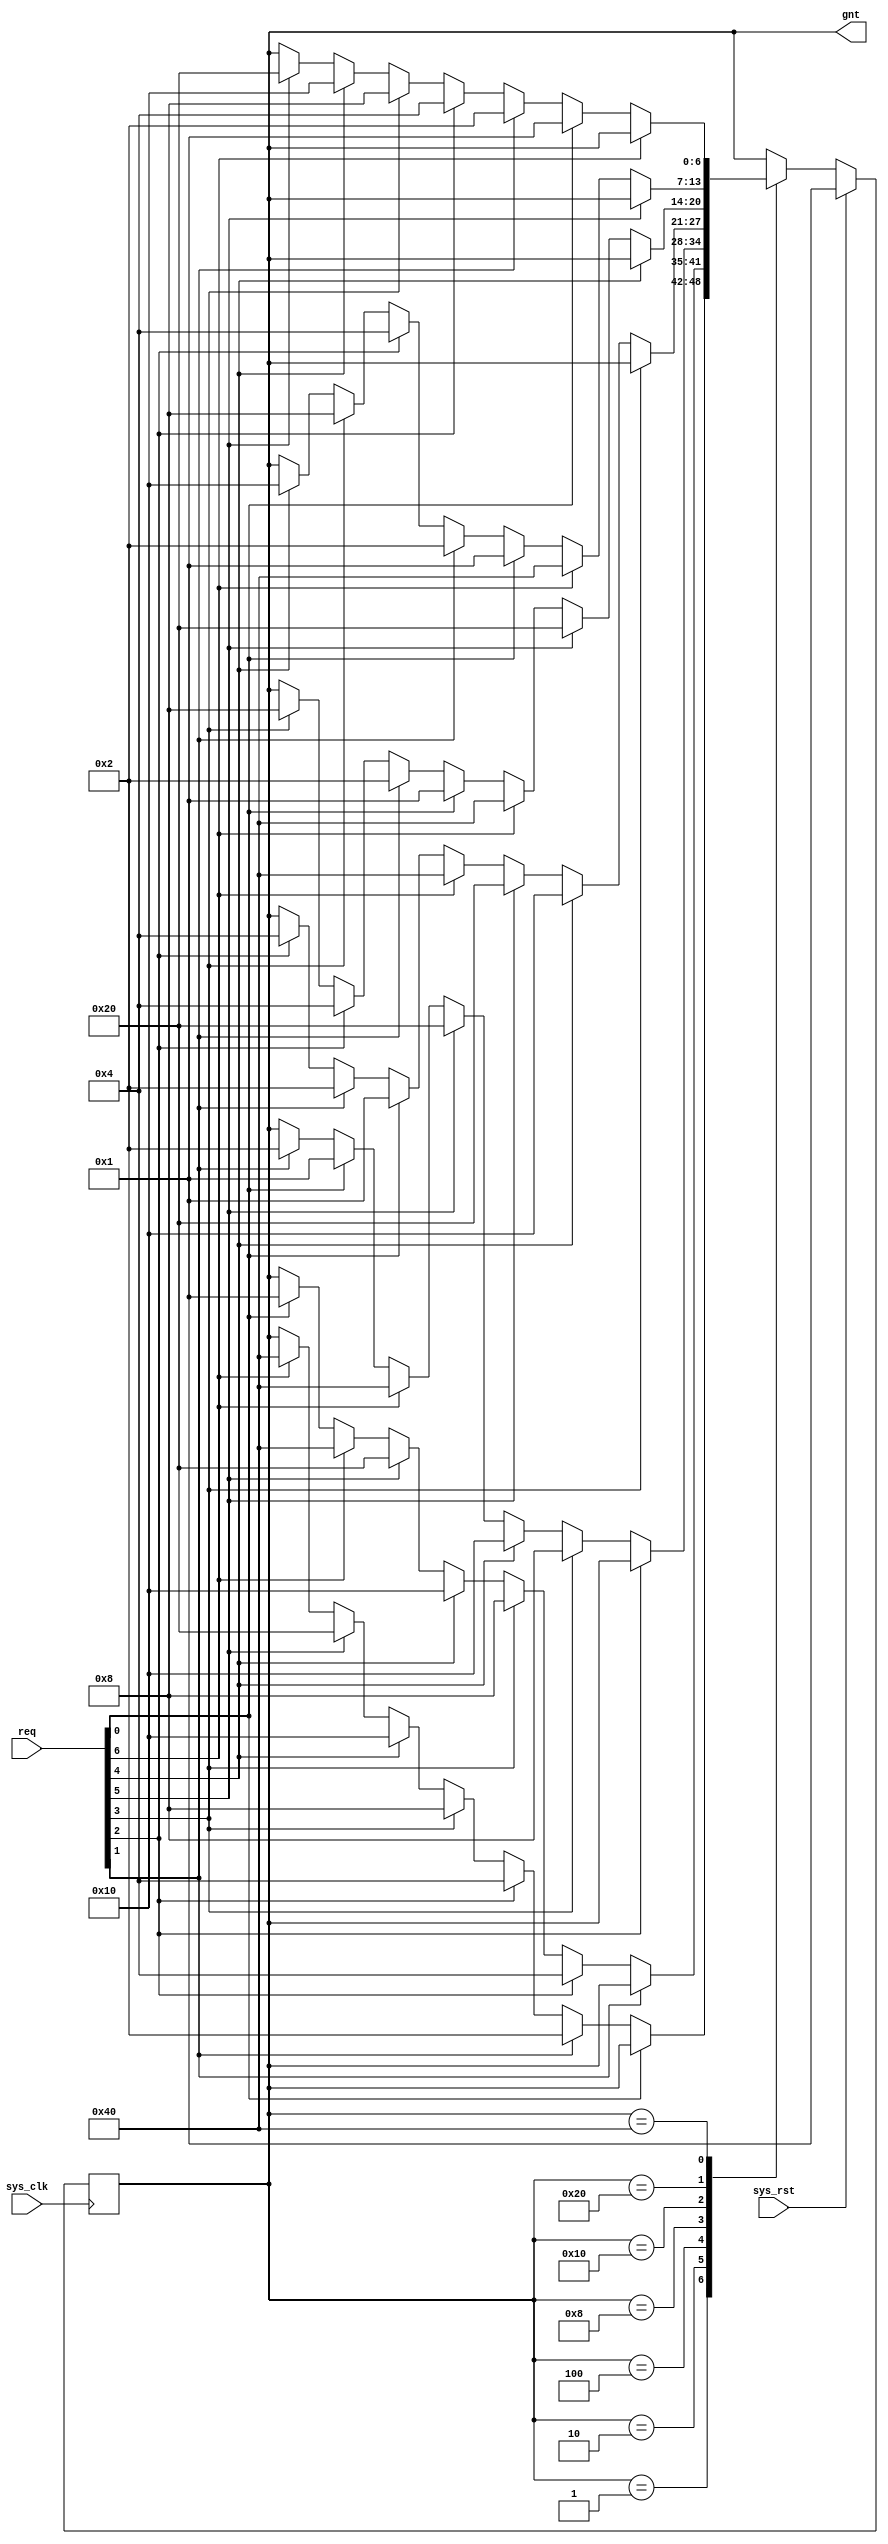
module conbus_arb(
	input sys_clk,
	input sys_rst,
	
	input [6:0] req,
	output [6:0] gnt
);

parameter [6:0] grant0 = 7'b0000001,
                grant1 = 7'b0000010,
                grant2 = 7'b0000100,
                grant3 = 7'b0001000,
                grant4 = 7'b0010000,
                grant5 = 7'b0100000,
                grant6 = 7'b1000000;

reg [6:0] state;
reg [6:0] next_state;

assign gnt = state;

always @(posedge sys_clk) begin
	if(sys_rst)
		state <= grant0;
	else
		state <= next_state;
end

always @(*) begin
	next_state = state;
	case(state)
		grant0: begin
			if(~req[0]) begin
				     if(req[1]) next_state = grant1;
				else if(req[2]) next_state = grant2;
				else if(req[3]) next_state = grant3;
				else if(req[4]) next_state = grant4;
				else if(req[5]) next_state = grant5;
				else if(req[6]) next_state = grant6;
			end
		end
		grant1: begin
			if(~req[1]) begin
				     if(req[2]) next_state = grant2;
				else if(req[3]) next_state = grant3;
				else if(req[4]) next_state = grant4;
				else if(req[5]) next_state = grant5;
				else if(req[6]) next_state = grant6;
				else if(req[0]) next_state = grant0;
			end
		end
		grant2: begin
			if(~req[2]) begin
				     if(req[3]) next_state = grant3;
				else if(req[4]) next_state = grant4;
				else if(req[5]) next_state = grant5;
				else if(req[6]) next_state = grant6;
				else if(req[0]) next_state = grant0;
				else if(req[1]) next_state = grant1;
			end
		end
		grant3: begin
			if(~req[3]) begin
				     if(req[4]) next_state = grant4;
				else if(req[5]) next_state = grant5;
				else if(req[6]) next_state = grant6;
				else if(req[0]) next_state = grant0;
				else if(req[1]) next_state = grant1;
				else if(req[2]) next_state = grant2;
			end
		end
		grant4: begin
			if(~req[4]) begin
				     if(req[5]) next_state = grant5;
				else if(req[6]) next_state = grant6;
				else if(req[0]) next_state = grant0;
				else if(req[1]) next_state = grant1;
				else if(req[2]) next_state = grant2;
				else if(req[3]) next_state = grant3;
			end
		end
		grant5: begin
			if(~req[5]) begin
				     if(req[6]) next_state = grant6;
				else if(req[0]) next_state = grant0;
				else if(req[1]) next_state = grant1;
				else if(req[2]) next_state = grant2;
				else if(req[3]) next_state = grant3;
				else if(req[4]) next_state = grant4;
			end
		end
		grant6: begin
			if(~req[6]) begin
				     if(req[0]) next_state = grant0;
				else if(req[1]) next_state = grant1;
				else if(req[2]) next_state = grant2;
				else if(req[3]) next_state = grant3;
				else if(req[4]) next_state = grant4;
				else if(req[5]) next_state = grant5;
			end
		end
	endcase
end

endmodule